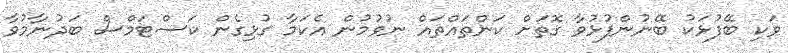
ވަކި ބޭފުޅަކު ބޭނުންފުޅުވާ ގޮތަށް ކަންތައްތައް ނުވުމުން އެކަމާ ގުޅިގެން ކަސްޓަމްސް ބަދުނާމުވާ